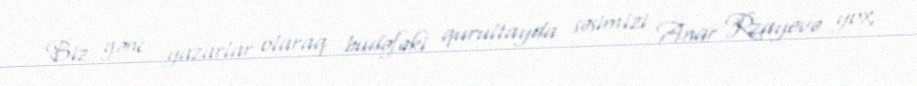
Biz gənc yazarlar olaraq budəfəki qurultayda səsimizi Anar Rzayevə yox,